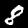
Digit: 8